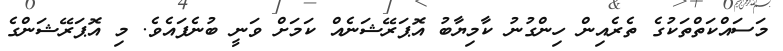
މަސައްކަތްތަކުގެ ތެރެއިން ހިންގުނު ކާމިޔާބު އޮޕަރޭޝަނެއް ކަމަށް ވަނީ ބުނެފައެވެ. މި އޮޕަރޭޝަންގެ